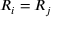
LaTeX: R _ { i } = R _ { j }